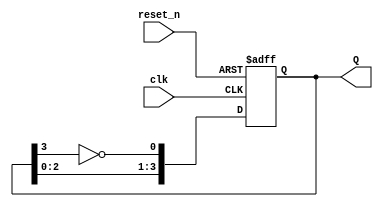
module JohnsonCounter (
    input wire clk,         // Clock input
    input wire reset_n,     // Asynchronous reset (active low)
    output reg [3:0] Q      // 4-bit output
);

    // Always block triggered on the rising edge of the clock or the falling edge of reset
    always @(posedge clk or negedge reset_n) begin
        if (!reset_n) begin
            // Asynchronous reset
            Q <= 4'b0000;  // Initialize the counter to 0000
        end else begin
            // State transition for Johnson counter
            Q[0] <= ~Q[3];  // D0 takes the inverted value of Q3
            Q[1] <= Q[0];   // D1 takes the value of Q0
            Q[2] <= Q[1];   // D2 takes the value of Q1
            Q[3] <= Q[2];   // D3 takes the value of Q2
        end
    end

endmodule